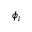
\phi _ { i }